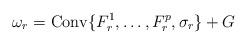
LaTeX: \begin{align*}\omega_r = \mathrm{Conv}\{F^1_r,\ldots,F^p_r,\sigma_r\}+G\end{align*}